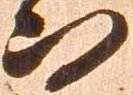
而